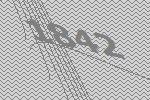
1842